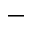
-